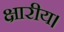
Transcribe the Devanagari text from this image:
क्षारीय।